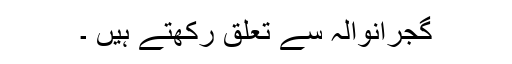
گجرانوالہ سے تعلق رکھتے ہیں ۔